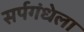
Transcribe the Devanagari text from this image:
सर्पगंधेला